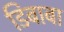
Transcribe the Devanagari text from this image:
डिबाबा